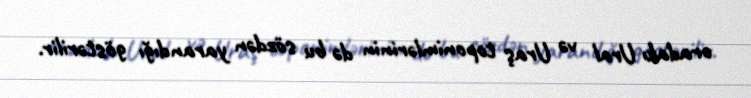
oradakı Ural və Uraş toponimlərinin də bu sözdən yarandığı göstərilir.